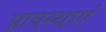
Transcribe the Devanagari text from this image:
प्रावस्थाएं